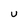
Character: U